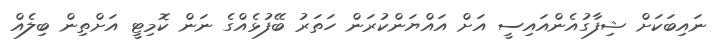
ނައިބަކަށް ޝިފާގުއެންއައިސީ އަށް އައްޔަންކުރަން ހަތަރު ބޭފުޅެއްގެ ނަން ކޮމިޓީ އަށްތިން ބިލެއް